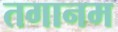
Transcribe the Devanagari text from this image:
तगानम